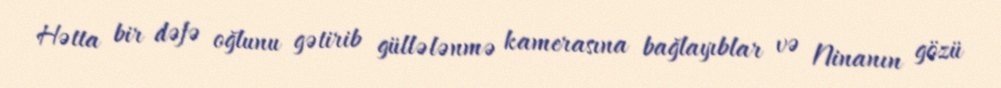
Hətta bir dəfə oğlunu gətirib güllələnmə kamerasına bağlayıblar və Ninanın gözü